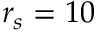
r _ { s } = 1 0